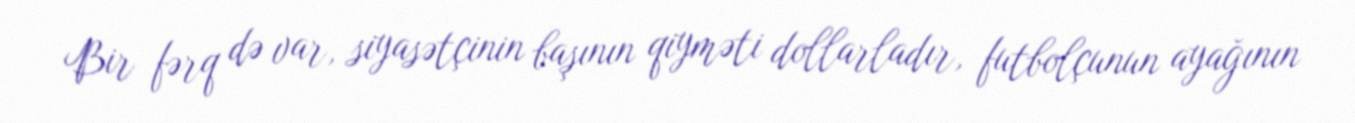
Bir fərq də var, siyasətçinin başının qiyməti dollarladır, futbolçunun ayağının